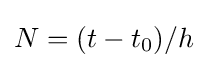
N=(t-t_{0})/h